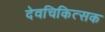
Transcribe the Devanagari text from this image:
देवचिकित्सक